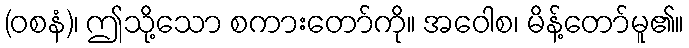
(ဝစနံ)၊ ဤသို့သော စကားတော်ကို။ အဝေါစ၊ မိန့်တော်မူ၏။